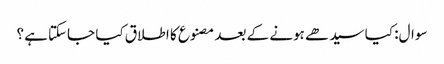
سوال: کیا سیدھے ہونے کے بعد مصنوع کا اطلاق کیا جاسکتا ہے؟